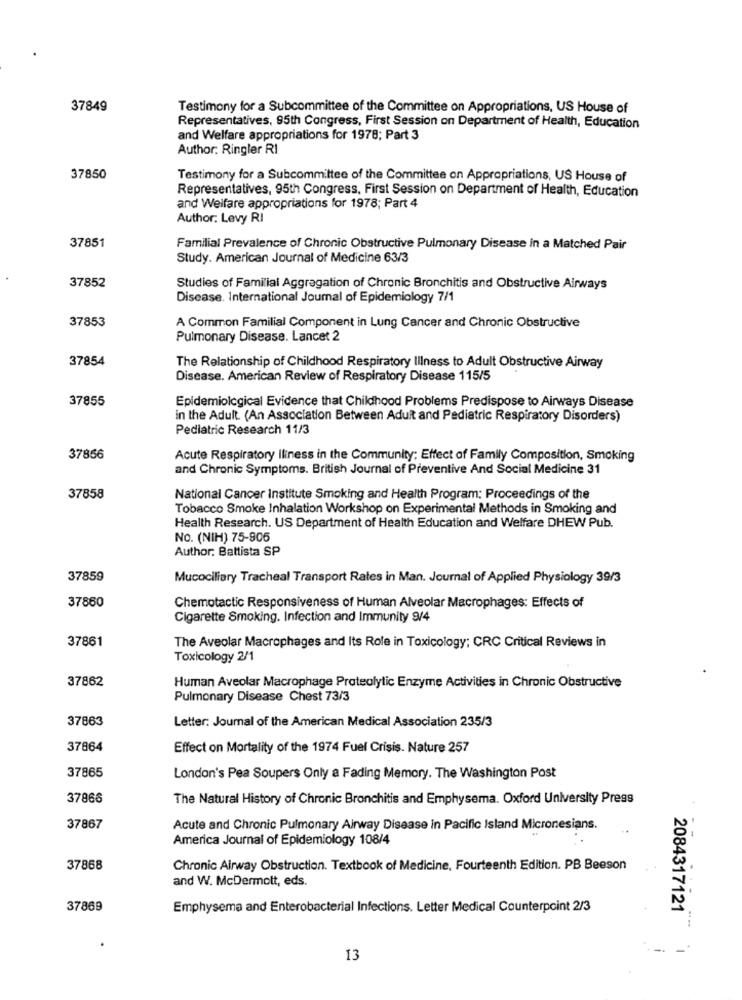
37849
Testimony for a Subcommittee of the Committee on Appropriations, US House of
Representatives, 95th Congress, First Session on Department of Health, Education
and Welfare appropriations for 1978; Part 3
Author: Ringler RI
37850
Testimony for a Subcommittee of the Committee on Appropriations, US House of
Representatives, 95th Congress, First Session on Department of Health, Education
and Welfare appropriations for 1978; Part 4
Author: Levy RI
37851
Familial Prevalence of Chronic Obstructive Pulmonary Disease in a Matched Pair
Study. American Journal of Medicine 63/3
37852
Studies of Familial Aggregation of Chronic Bronchitis and Obstructive Airways
Disease. International Journal of Epidemiology 7/1
37853
A Common Familial Component in Lung Cancer and Chronic Obstructive
Pulmonary Disease. Lancet 2
37854
The Relationship of Childhood Respiratory Illness to Adult Obstructive Airway
Disease. American Review of Respiratory Disease 115/5
37855
Epidemiological Evidence that Childhood Problems Predispose to Airways Disease
in the Adult. (An Association Between Adult and Pediatric Respiratory Disorders)
Pediatric Research 11/3
37856
Acute Respiratory Iliness in the Community: Effect of Family Composition, Smoking
and Chronic Symptoms. British Journal of Preventive And Social Medicine 31
37858
National Cancer Institute Smoking and Health Program: Proceedings of the
Tobacco Smoke Inhalation Workshop on Experimental Methods in Smoking and
Health Research. US Department of Health Education and Welfare DHEW Pub.
No. (NIH) 75-905
Author: Battista SP
37859
Mucociliary Tracheal Transport Rates in Man. Journal of Applied Physiology 39/3
37860
Chemotactic Responsiveness of Human Alveolar Macrophages: Effects of
Cigarette Smoking. Infection and Immunity 9/4
37861
The Aveolar Macrophages and Its Role in Toxicology; CRC Critical Reviews in
Toxicology 2/1
37862
Human Aveolar Macrophage Proteolytic Enzyme Activities in Chronic Obstructive
Pulmonary Disease Chest 73/3
37863
Letter: Journal of the American Medical Association 235/3
37864
Effect on Mortality of the 1974 Fuel Crisis. Nature 257
37865
London's Pea Soupers Only a Fading Memory. The Washington Post
37866
The Natural History of Chronic Bronchitis and Emphysema. Oxford University Press
37867
Acute and Chronic Pulmonary Airway Disease in Pacific Island Micronesians.
America Journal of Epidemiology 108/4
37868
Chronic Airway Obstruction. Textbook of Medicine, Fourteenth Edition. PB Beeson
and W. McDermott, eds.
37869
Emphysema and Enterobacterial Infections. Letter Medical Counterpoint 2/3
2084317121
13